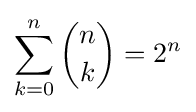
\sum _{k=0}^{n}{n \choose k}=2^{n}